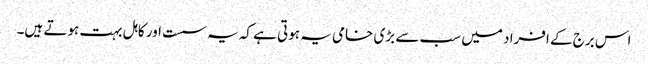
اس برج کے افراد میں سب سے بڑی خامی یہ ہوتی ہے کہ یہ سست اور کاہل بہت ہوتے ہیں۔